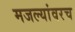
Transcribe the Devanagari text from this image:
मजल्यांवरच